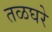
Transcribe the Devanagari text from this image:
तळघरे